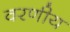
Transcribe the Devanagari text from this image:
वरणीय